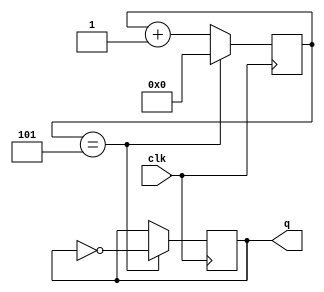
module square_wave_generator_v2 (
   input clk,
   output reg q
   );
   
   parameter HALF_PERIOD = 3'd5;

   initial q = 0;
   reg [3:0] count = 0;
   
   always @(posedge clk) begin
      if (count == HALF_PERIOD) begin
         count <= 0;
         q <= ~q;
      end
      else begin
         count <= count + 1;
      end
   end
   
endmodule